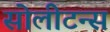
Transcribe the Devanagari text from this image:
सोलीटन्स